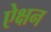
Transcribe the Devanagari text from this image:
ऐक्षन